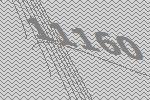
11160